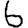
Digit: 6